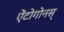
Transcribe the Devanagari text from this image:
ऐंटोगोनस्‌